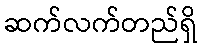
ဆက်လက်တည်ရှိ